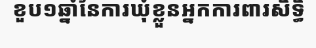
ខួប១ឆ្នាំនៃការឃុំខ្លួនអ្នកការពារសិទ្ធិ